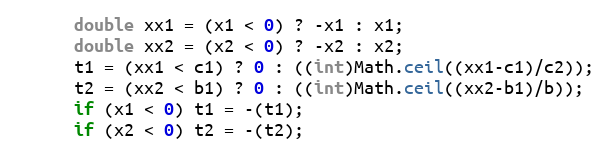
Language: Java
      double xx1 = (x1 < 0) ? -x1 : x1;
      double xx2 = (x2 < 0) ? -x2 : x2;
      t1 = (xx1 < c1) ? 0 : ((int)Math.ceil((xx1-c1)/c2));
      t2 = (xx2 < b1) ? 0 : ((int)Math.ceil((xx2-b1)/b));
      if (x1 < 0) t1 = -(t1);
      if (x2 < 0) t2 = -(t2);